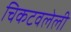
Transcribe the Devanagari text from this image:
चिकटवलेली